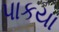
પાકયા